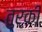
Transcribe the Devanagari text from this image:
तुर्कीं